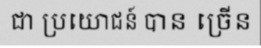
ជា ប្រយោជន៍ បាន ច្រើន